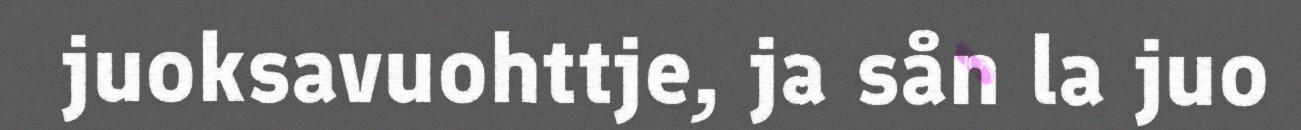
juoksavuohttje, ja sån la juo